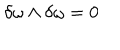
\delta \omega \wedge \delta \omega = 0